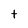
Character: t